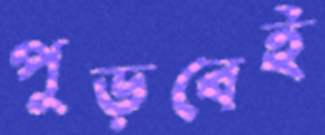
পুড়বেই